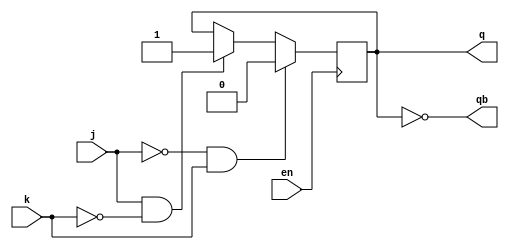
module jk_latch(j,k,en,q,qb);

input j,k,en;
reg op;
output q,qb;

always @(posedge en)
begin

if(~j && k)
op<=1'b0;
else if (j && ~k)
op<=1'b1;
end
assign q=op;
assign qb=~op;

endmodule